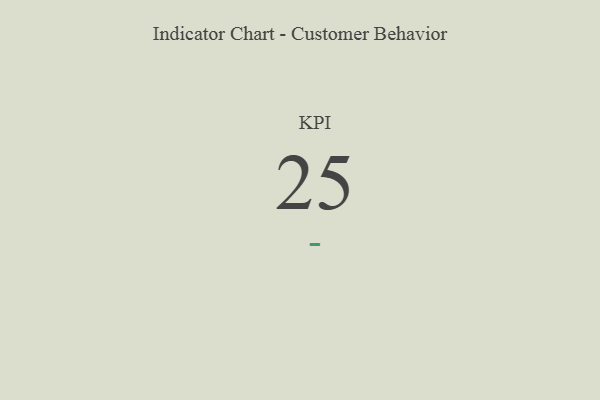
{"axis": {"x": "KPI", "y": "Value"}, "legend": [""], "data": [{"x": "KPI", "y": 25, "type": ""}]}